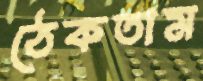
ঠেকতাম